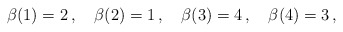
\begin{align*}\beta(1) = 2 \,, \quad \beta(2) = 1 \,, \quad \beta(3) = 4 \,, \quad \beta(4) = 3 \,, \end{align*}